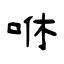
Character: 咻